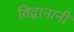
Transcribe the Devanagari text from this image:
विद्वानानी